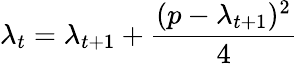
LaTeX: \lambda_{t}=\lambda_{t+1}+{\frac{(p-\lambda_{t+1})^{2}}{4}}